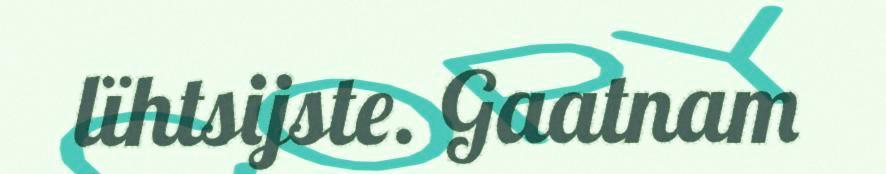
lïhtsijste. Gaatnam